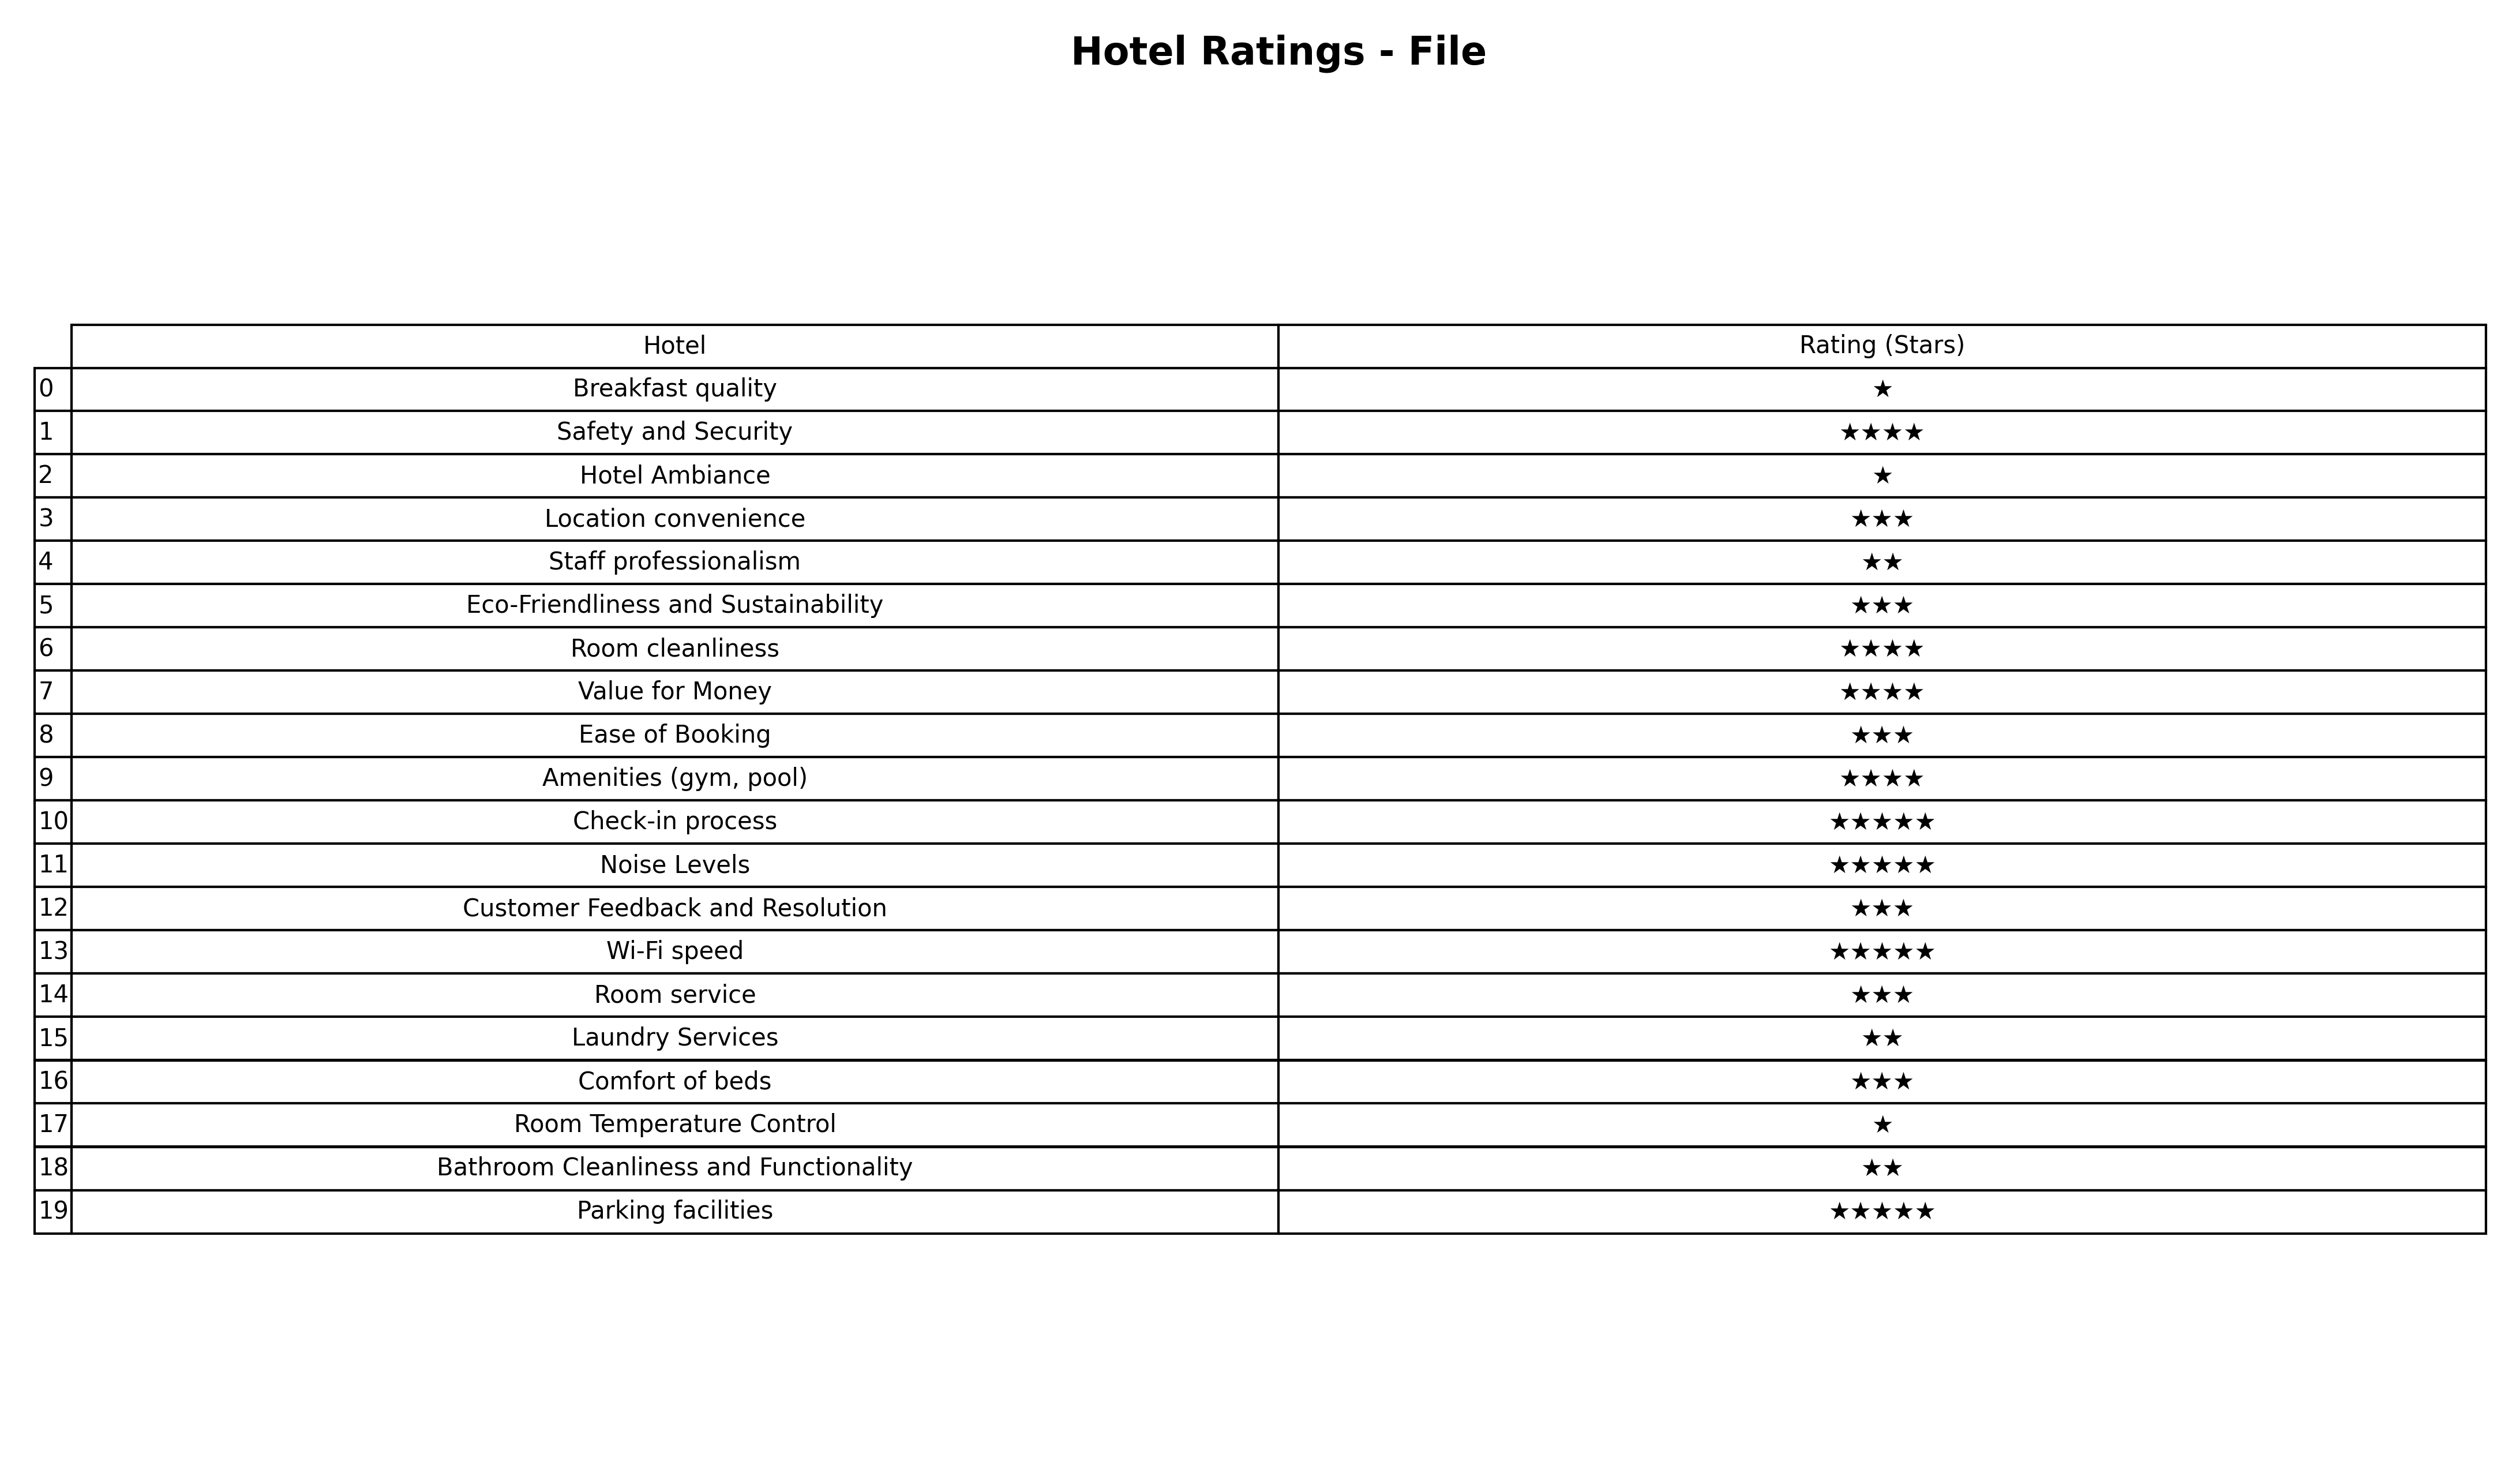
question: What are highest rating services?
answer: Location convenienceEco-Friendliness and SustainabilityEase of BookingCustomer Feedback and ResolutionRoom serviceComfort of beds